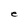
Character: e